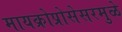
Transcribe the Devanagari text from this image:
मायक्रोप्रोसेसरमुळे